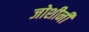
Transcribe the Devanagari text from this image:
जोशीनी